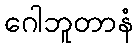
ဂေါဘူတာနံ